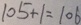
1 0 5 + 1 = 1 0 6